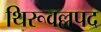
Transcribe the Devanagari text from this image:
थिरूवल्लपद